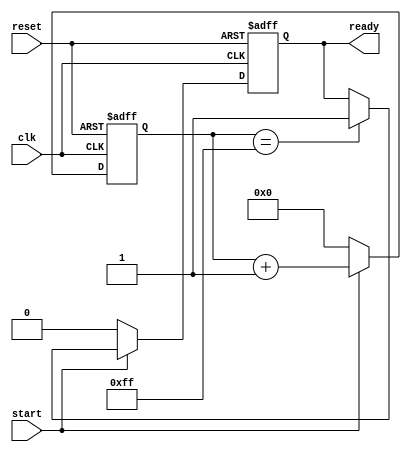
module timing_control_unit (
    input wire clk,
    input wire reset,
    input wire start,
    output reg ready
);

reg [7:0] counter;

always @(posedge clk or posedge reset) begin
    if (reset) begin
        counter <= 8'b0;
        ready <= 1'b0;
    end else begin
        if (start) begin
            counter <= counter + 1;
            if (counter == 8'b1111_1111) begin
                ready <= 1'b1;
            end
        end else begin
            counter <= 8'b0;
            ready <= 1'b0;
        end
    end
end

endmodule